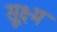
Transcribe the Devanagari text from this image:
सू्क्ष्म